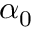
{ { \alpha } _ { 0 } }